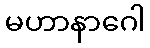
မဟာနာဂေါ